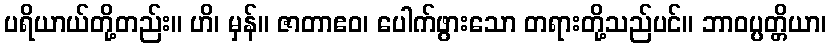
ပရိယာယ်တို့တည်း။ ဟိ၊ မှန်။ ဇာတာဧဝ၊ ပေါက်ဖွားသော တရားတို့သည်ပင်။ ဘာဝပ္ပတ္တိယာ၊